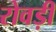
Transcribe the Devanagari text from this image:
रोवड़ी